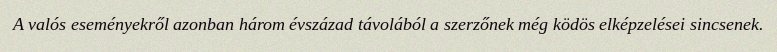
A valós eseményekről azonban három évszázad távolából a szerzőnek még ködös elképzelései sincsenek.